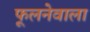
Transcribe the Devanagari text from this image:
फूलनेवाला